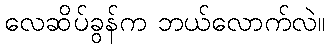
လေဆိပ်ခွန်က ဘယ်လောက်လဲ။